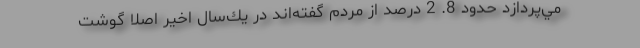
مي‌پردازد حدود 8. 2 درصد از مردم گفته‌اند در يك‌سال اخير اصلا گوشت